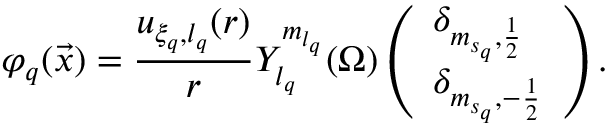
{ \varphi } _ { q } ( \vec { x } ) = \frac { { u } _ { { \xi } _ { q } , { l } _ { q } } ( r ) } { r } { { Y } } _ { { l } _ { q } } ^ { { m } _ { { l } _ { q } } } ( \Omega ) \left( \begin{array} { l } { { \delta } _ { { m } _ { { s } _ { q } } , \frac { 1 } { 2 } } } \\ { { \delta } _ { { m } _ { { s } _ { q } } , - \frac { 1 } { 2 } } } \end{array} \right) .